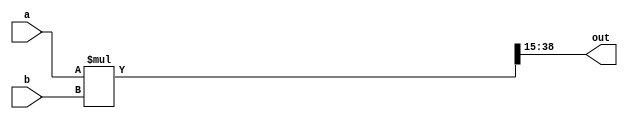
//Fixed point (32'h00.000000) multiplication 
//Nx: number of x input bit
//Px: posisitoin of point
// x: (Nx-Px).(Px)
//    Decimal.Fraction
module multiplication#(
         parameter Na = 24,
         parameter Pa = 20,
         parameter Nb = 16,
         parameter Pb = 15,
         parameter Nout = 24,
         parameter Pout = 20)(
         a,b,out );
  input signed [Na-1:0] a;
  input signed [Nb-1:0] b;
  output signed [Nout-1:0] out;
  wire signed [Na+Nb-1:0] result;
  assign result = a*b;
  assign out[Nout-1:0] = result[Pa+Pb+Nout-Pout-1:Pa+Pb-Pout];
endmodule